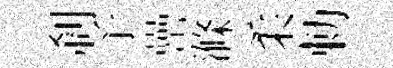
剎予罍滌柔勅